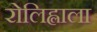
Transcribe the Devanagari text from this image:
रोलिह्लाला